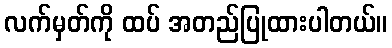
လက်မှတ်ကို ထပ် အတည်ပြုထားပါတယ်။